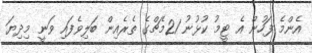
އެންމެ ފަހުން އެ ޓީމު ކުޅުނު 21މެޗްގެ ތެރެއިން ބަލިވެފައި ވަނީ މިދިޔަ